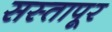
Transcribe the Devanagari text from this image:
सस्तापूर